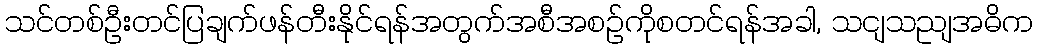
သင်တစ်ဦးတင်ပြချက်ဖန်တီးနိုင်ရန်အတွက်အစီအစဉ်ကိုစတင်ရန်အခါ, သငျသညျအဓိက